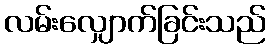
လမ်းလျှောက်ခြင်းသည်